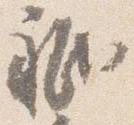
祇